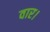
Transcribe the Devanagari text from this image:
वार।